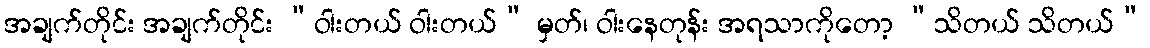
အချက်တိုင်း အချက်တိုင်း “ဝါးတယ် ဝါးတယ်” မှတ်၊ ဝါးနေတုန်း အရသာကိုတော့ “သိတယ် သိတယ်”